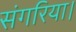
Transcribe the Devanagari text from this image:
संगरिया।